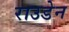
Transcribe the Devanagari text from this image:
राउडेन